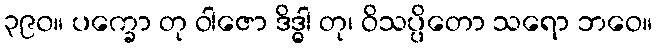
၃၉၀။ ပက္ခော တု ဝါဇော ဒိဒ္ဓါ တု၊ ဝိသပ္ပိတော သရော ဘဝေ။